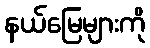
နယ်မြေများကို